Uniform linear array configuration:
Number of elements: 8
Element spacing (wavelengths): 0.25
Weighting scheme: cosine
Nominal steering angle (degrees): -15
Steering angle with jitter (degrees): -14.148
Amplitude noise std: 0.05
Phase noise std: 0.05

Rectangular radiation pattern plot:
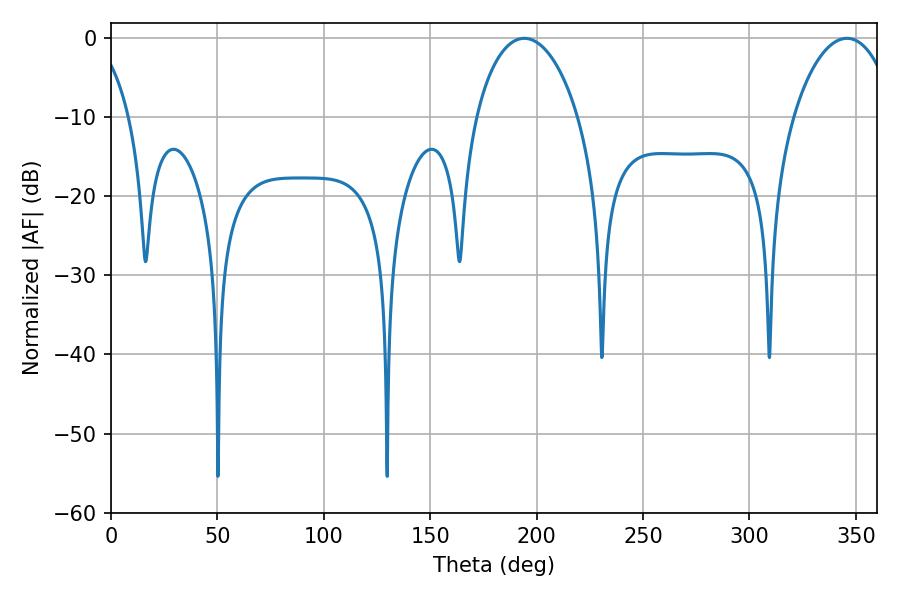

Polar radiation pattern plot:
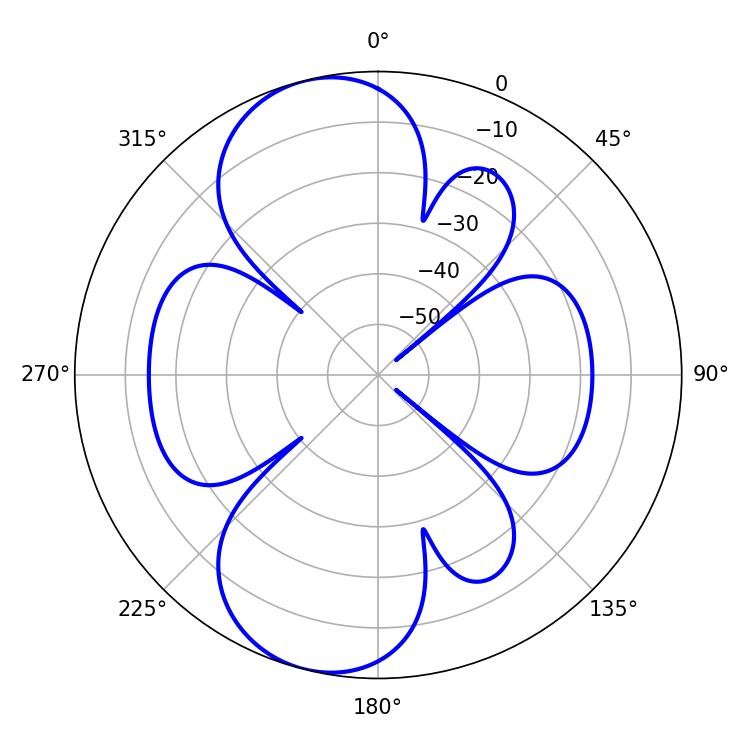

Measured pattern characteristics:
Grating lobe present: FALSE
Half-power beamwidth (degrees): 27.54
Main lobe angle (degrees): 194.22